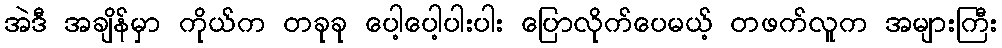
အဲဒီ အချိန်မှာ ကိုယ်က တခုခု ပေါ့ပေါ့ပါးပါး ပြောလိုက်ပေမယ့် တဖက်လူက အများကြီး